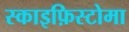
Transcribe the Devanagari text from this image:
स्काइफ़िस्टोमा